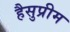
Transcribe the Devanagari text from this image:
हैसुप्रीम